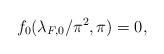
LaTeX: \begin{align*}f_0 (\lambda_{F,0}/\pi^2,\pi) = 0, \end{align*}